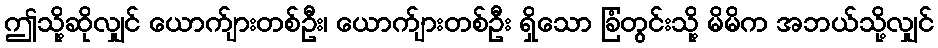
ဤသို့ဆိုလျှင် ယောက်ျားတစ်ဦး၊ ယောက်ျားတစ်ဦး ရှိသော ခြံတွင်းသို့ မိမိက အဘယ်သို့လျှင်